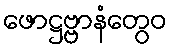
ဖောဋ္ဌဗ္ဗာနံတွေဝ